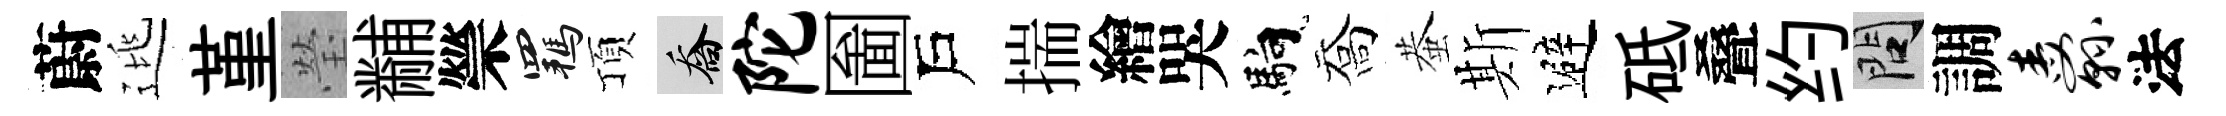
蔚逃堇瑩黼禜羈頂喬陀圗戶揣繪哭馿喬蛬斯避砥叠约問調纛法